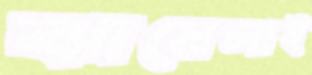
ঝামেলাই